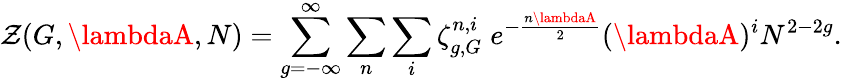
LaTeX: \mathcal{Z}(G,\lambdaA,N)=\sum_{g=-\infty}^{\infty}\sum_{n}\sum_{i}\zeta_{g,G}^{n,i}\; e^{-{\frac{{n\lambdaA}}{{2}}}}(\lambdaA)^{i}N^{2-2g}.